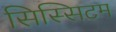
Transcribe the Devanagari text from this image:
सिस्सिटम